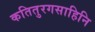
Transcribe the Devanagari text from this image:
कतितुरगसाहिनि